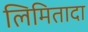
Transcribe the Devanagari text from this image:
लिमितादा